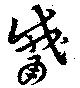
觱